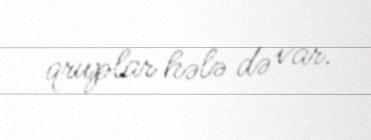
qruplar hələ də var.